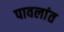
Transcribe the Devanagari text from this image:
पावलांत